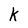
Character: K